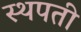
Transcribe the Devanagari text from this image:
स्थपती